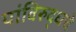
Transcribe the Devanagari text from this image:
यांविरुद्धचे